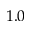
1 . 0